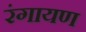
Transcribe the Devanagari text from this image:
रंगायण